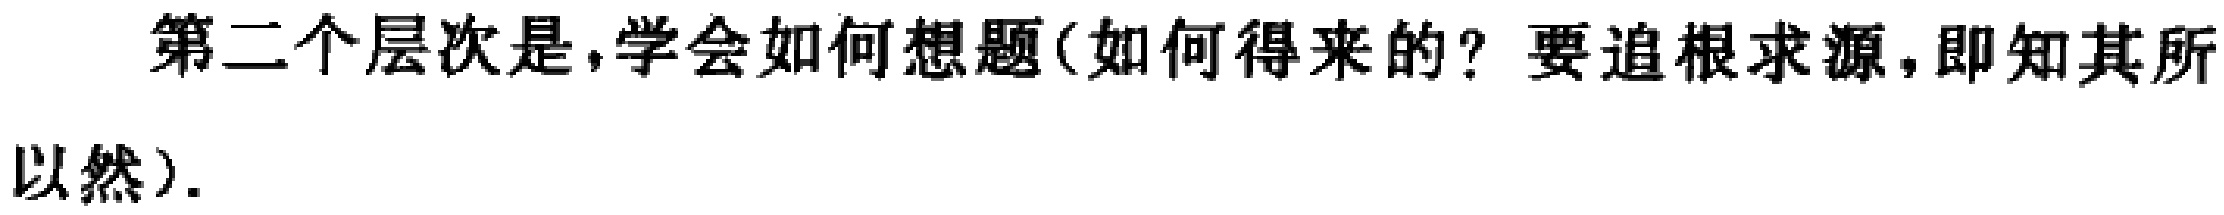
第二个层次是,学会如何想题(如何得来的？要追根求源,即知其所以然).